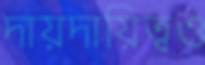
দায়দায়িত্বও